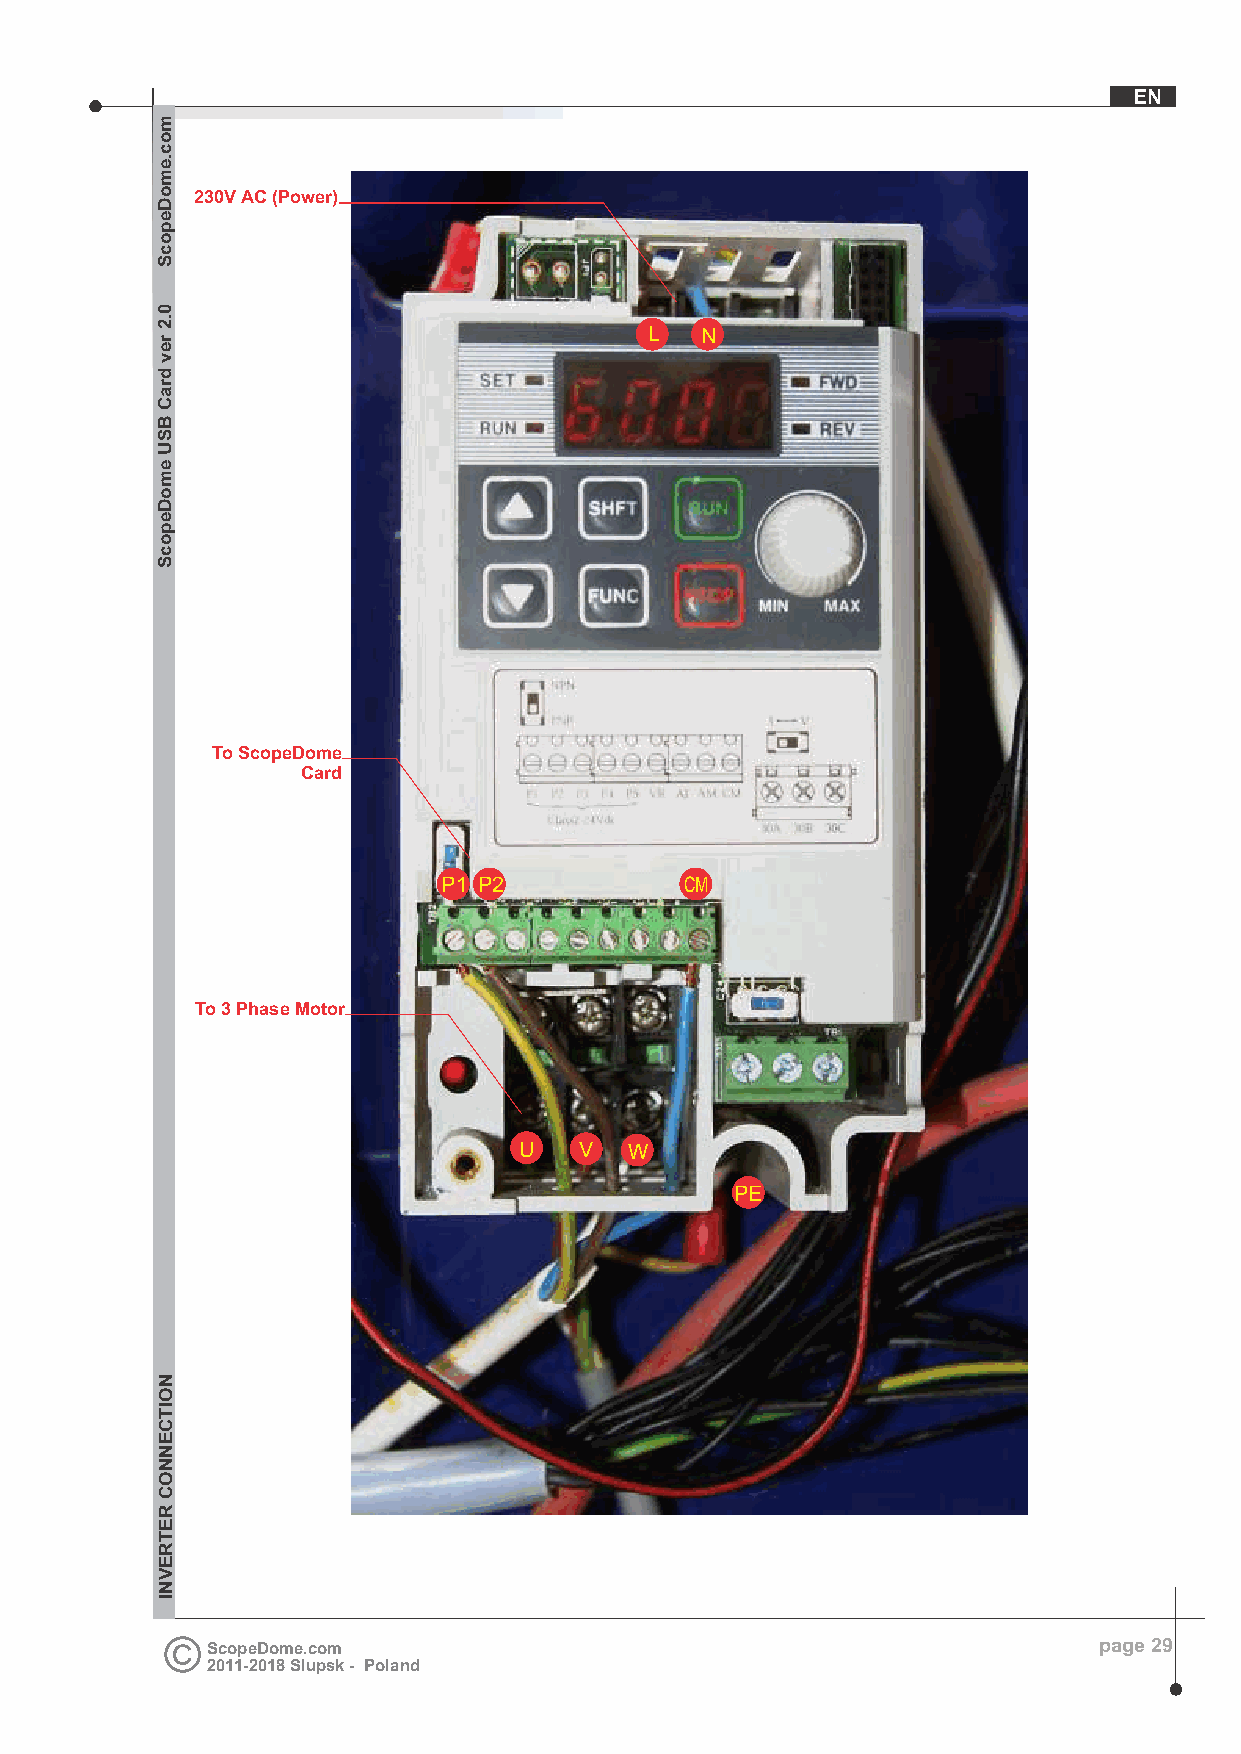
EN
 230V AC (Power)
 L  N
 To ScopeDome
 Card
 P1 P2           CM
 To 3 Phase Motor
 U   V   W
 PE
 ScopeDome.com                                              page 29
 2011-2018 Slupsk - Poland
 moc.emoDepocS
 0.2
 rev
 draC
 BSU
 emoDepocS
 NOITCENNOC
 RETREVNI